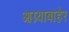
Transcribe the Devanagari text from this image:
आग्र्याबाहेर